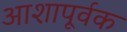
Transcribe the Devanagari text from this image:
आशापूर्वक